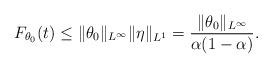
LaTeX: \begin{align*}F_{\theta_0}(t) \leq \|\theta_0\|_{L^\infty} \|\eta\|_{L^1} = \frac{\|\theta_0\|_{L^\infty}}{\alpha(1-\alpha)}.\end{align*}